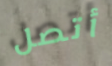
أتصل